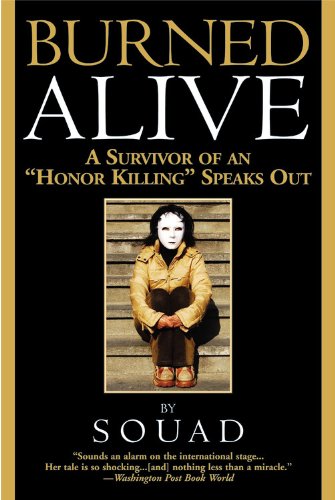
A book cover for Burned Alive: A Survivor of an "Honor Killing" Speaks Out; Souad; Biographies & Memoirs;